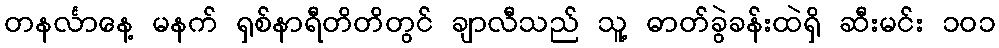
တနင်္လာနေ့ မနက် ရှစ်နာရီတိတိတွင် ချာလီသည် သူ့ ဓာတ်ခွဲခန်းထဲရှိ ဆီးမင်း ၁၀၁